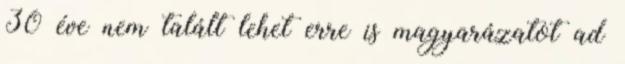
30 éve nem talált lehet erre is magyarázatot ad